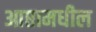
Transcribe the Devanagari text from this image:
आप्तामधील